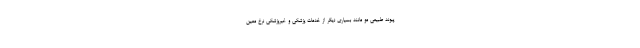
پیوند طبیعی مو مانند بسیاری دیگر از خدمات پزشکی و غیرپزشکی نرخ معین